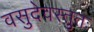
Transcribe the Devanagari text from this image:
वसुदेवस्तुतः